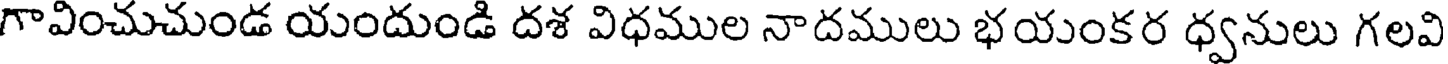
గావించుచుండ యందుండి దశ విధముల నాదములు భయంకర ధ్వనులు గలవి